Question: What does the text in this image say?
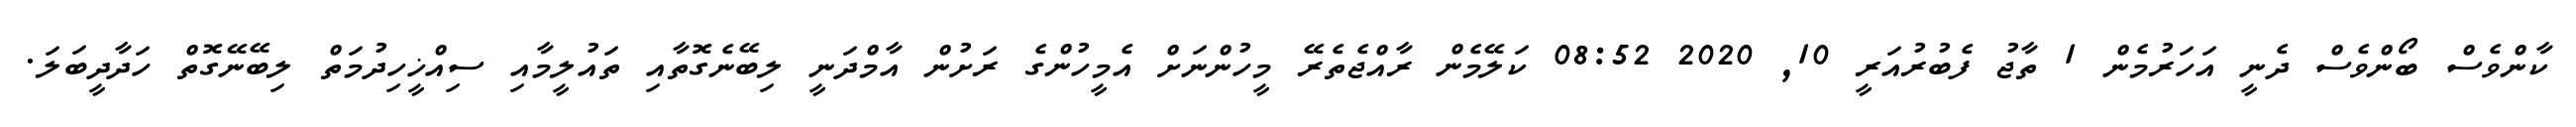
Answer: ކާންވެސް ބޯންވެސް ދެނީ އަހަރުމެން 1 ތާޖު ފެބުރުއަރީ 10, 2020 08:52 ކަލޭމެން ރާއްޖެތެރޭ މީހުންނަށް އެމީހުންގެ ރަށުން އާމްދަނީ ލިބޭނެގޮތާއި ތައުލީމާއި ސިއްޚީހިދުމަތް ލިބޭނޭގޮތް ހަދާދީބަލަ.